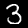
Label: 3